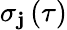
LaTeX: \sigma_{\mathbf{j}}\left(\tau\right)